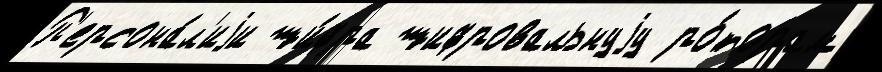
П'ерсона́л'иjи ши́фра шифровальнуjу ро́торам